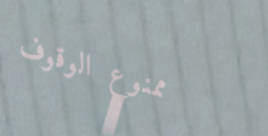
ممنوع الوقوف